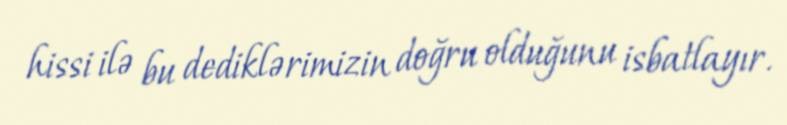
hissi ilə bu dediklərimizin doğru olduğunu isbatlayır.